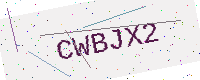
Text: CWBJX2